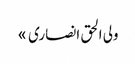
ولی الحق انصاری »